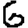
Digit: 6